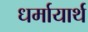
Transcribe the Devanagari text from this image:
धर्मायार्थ